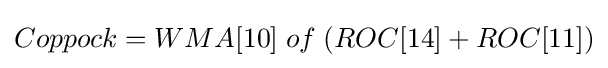
Coppock=WMA[10]\;of\;(ROC[14]+ROC[11])